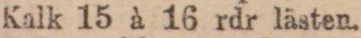
Kalk 15 à 16 rdr lästen.